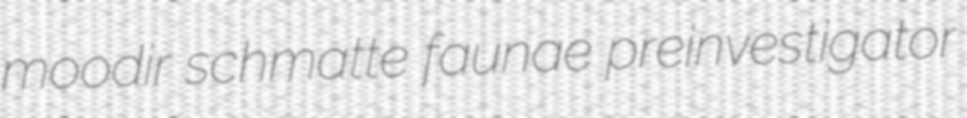
moodir schmatte faunae preinvestigator